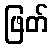
ဖြတ်